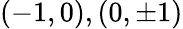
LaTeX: (-1,0),(0,\pm 1)